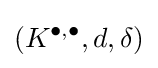
(K^{\bullet ,\bullet },d,\delta )